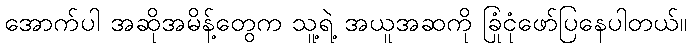
အောက်ပါ အဆိုအမိန့်တွေက သူ့ရဲ့ အယူအဆကို ခြုံငုံဖော်ပြနေပါတယ်။